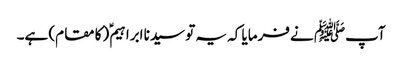
آپﷺ نے فرمایا کہ یہ تو سیدنا ابراہیمؑ (کا مقام) ہے۔